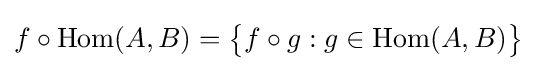
f\circ \operatorname {Hom} (A,B)={\big \{}f\circ g:g\in \operatorname {Hom} (A,B){\big \}}